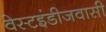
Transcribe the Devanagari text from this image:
वेस्टइंडीजवासी